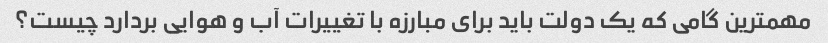
مهمترین گامی که یک دولت باید برای مبارزه با تغییرات آب و هوایی بردارد چیست؟